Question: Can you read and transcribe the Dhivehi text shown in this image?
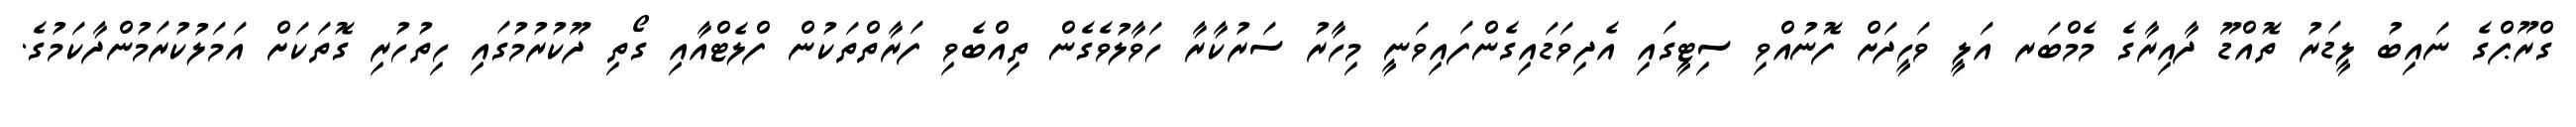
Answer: ގްރޫޕްގެ ނައިބު ލީޑަރު ތޮއްޑޫ ދާއިރާގެ މެމްބަރ އަލީ ވަހީދަށް ފޮނުއްވި ސިޓީގައި އެދިވަޑައިގެންފައިވަނީ މިހާރު ސަރުކާރާ ހަވާލުވެގެން ތިއްބެވި ފަރާތްތަކުން ފްލެޓްއާއި ގޯތި ދޫކުރުމުގައި ހިތުހުރި ގޮތަކަށް އަމަލުކުރަމުންދާކަމުގެ.